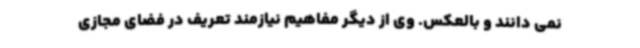
نمی دانند و بالعکس. وی از دیگر مفاهیم نیازمند تعریف در فضای مجازی